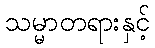
သမ္မာတရားနှင့်